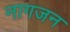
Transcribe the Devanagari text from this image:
नागजन